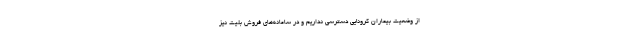
از وضعیت بیماران کرونایی دسترسی نداریم و در سامانه‌های فروش بلیت نیز